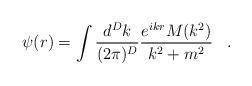
LaTeX: \begin{align*}\psi(r)=\int\frac{d^Dk}{(2\pi)^D}\frac{e^{ikr}M(k^2)}{k^2+m^2}\;\;\;.\end{align*}